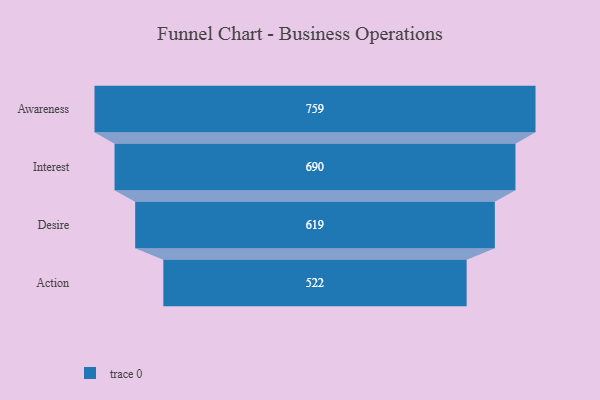
{"axis": {"x": "Stage", "y": "Value"}, "legend": [""], "data": [{"x": "Awareness", "y": 759.0, "type": ""}, {"x": "Interest", "y": 690.0, "type": ""}, {"x": "Desire", "y": 619.0, "type": ""}, {"x": "Action", "y": 522.0, "type": ""}]}